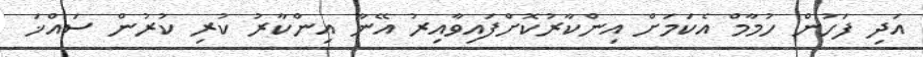
އަދި ފަހުން ހުމާމް އެކަމަށް އިންކާރުކޮށްފައިވާއިރު އޭނާ އިންކާރު ކުރި ކުރުން ސައްޚަ